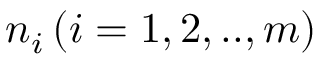
n _ { i } \, ( i = 1 , 2 , . . , m )